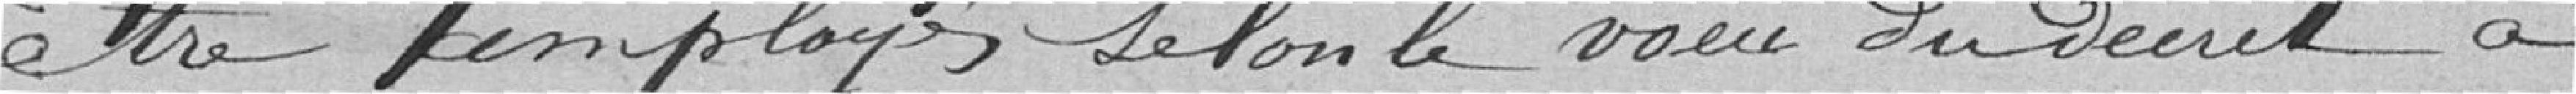
être employés selon le vœu du décret à